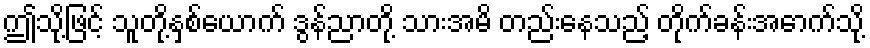
ဤသို့ဖြင့် သူတို့နှစ်ယောက် ဒွန်ညာတို့ သားအမိ တည်းနေသည့် တိုက်ခန်းအောက်သို့